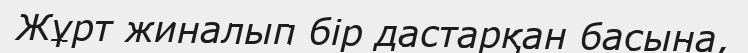
Жұрт жиналып бір дастарқан басына,